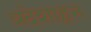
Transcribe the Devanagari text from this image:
प्रदेशाहून